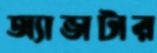
অ্যাভাটার